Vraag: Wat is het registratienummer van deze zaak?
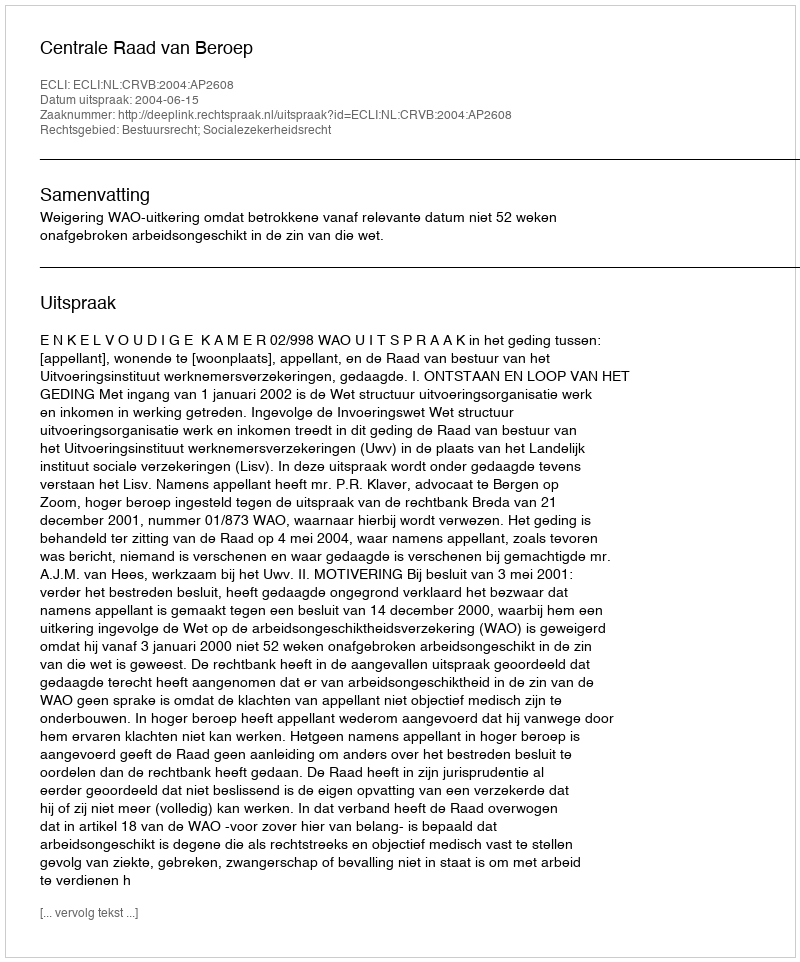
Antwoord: http://deeplink.rechtspraak.nl/uitspraak?id=ECLI:NL:CRVB:2004:AP2608